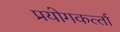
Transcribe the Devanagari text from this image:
प्रयोगकर्त्‍ता